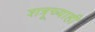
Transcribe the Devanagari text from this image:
शत्रूच्याही